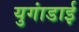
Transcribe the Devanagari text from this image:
युगांडाई